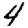
Digit: 4